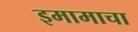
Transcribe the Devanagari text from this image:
इमामाचा